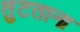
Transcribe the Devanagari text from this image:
तुटताना